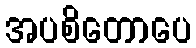
အပစိတောပေ